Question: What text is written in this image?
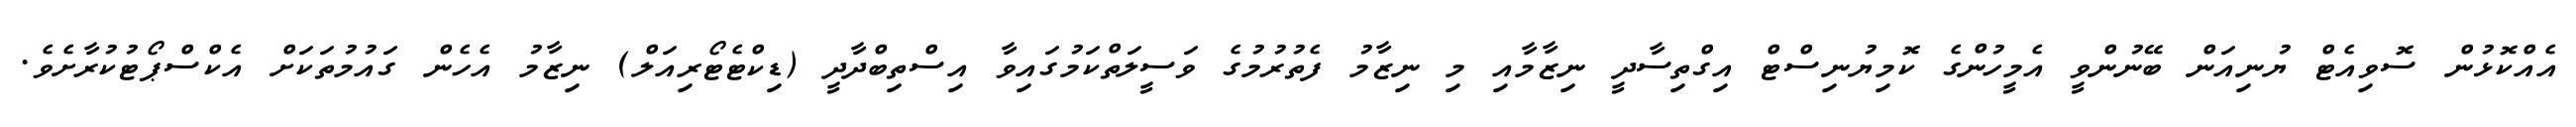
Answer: އެއްކޮޅުން ސޮވިއެޓް ޔުނިއަން ބޭނުންވީ އެމީހުންގެ ކޮމިޔުނިސްޓް އިގްތިސާދީ ނިޒާމާއި މި ނިޒާމު ފެތުރުމުގެ ވަސީލަތްކަމުގައިވާ އިސްތިބްދާދީ (ޑިކްޓެޓޯރިއަލް) ނިޒާމު އެހެން ގައުމުތަކަށް އެކްސްޕޯޓުކުރާށެވެ.